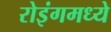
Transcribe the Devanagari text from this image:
रोइंगमध्ये